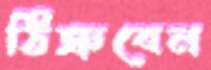
ঠিক্‌রবেন